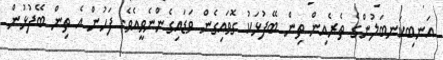
އަނބިކަނބަލުންގެ ތެރެއިން ތިން ބޭފުޅަކު ގޮވައިގެން ވަޑައިގެންނެވީއެވެ. ފަހުން އެ ތިން ބޭފުޅުން